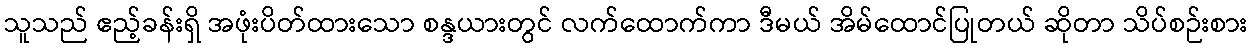
သူသည် ဧည့်ခန်းရှိ အဖုံးပိတ်ထားသော စန္ဒယားတွင် လက်ထောက်ကာ ဒီမယ် အိမ်ထောင်ပြုတယ် ဆိုတာ သိပ်စဉ်းစား